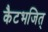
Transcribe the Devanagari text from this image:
कैटभजित्